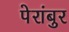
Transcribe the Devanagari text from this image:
पेरांबुर